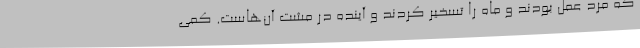
که مرد عمل بودند و ماه را تسخیر کردند و آینده در مشت آن‌هاست. کمی